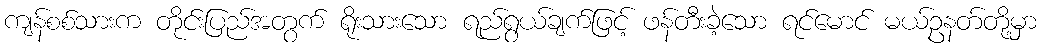
ကျန်စစ်သားက တိုင်းပြည်အတွက် ရိုးသားသော ရည်ရွယ်ချက်ဖြင့် ဖန်တီးခဲ့သော ရင်မောင် မယ်ဥနတ်တို့မှာ